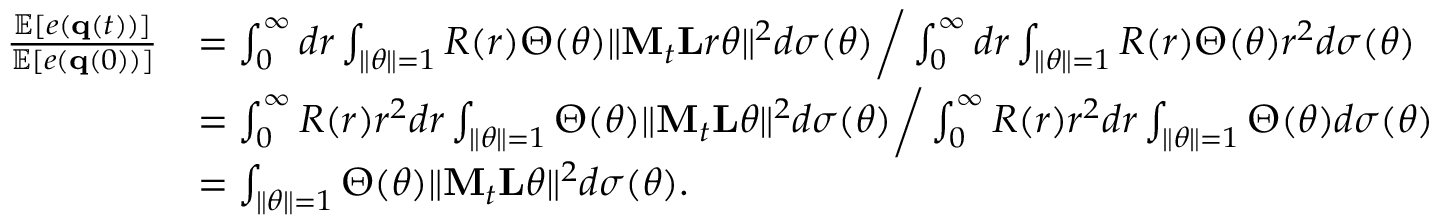
\begin{array} { r l } { \frac { \mathbb { E } [ e ( { \bf q } ( t ) ) ] } { \mathbb { E } [ e ( { \bf q } ( 0 ) ) ] } } & { = \int _ { 0 } ^ { \infty } d r \int _ { \| \boldsymbol { \theta } \| = 1 } R ( r ) \Theta ( \boldsymbol { \theta } ) \| { \bf M } _ { t } { \bf L } r \boldsymbol { \theta } \| ^ { 2 } d \sigma ( \boldsymbol { \theta } ) \bigg / \int _ { 0 } ^ { \infty } d r \int _ { \| \boldsymbol { \theta } \| = 1 } R ( r ) \Theta ( \boldsymbol { \theta } ) r ^ { 2 } d \sigma ( \boldsymbol { \theta } ) } \\ & { = \int _ { 0 } ^ { \infty } R ( r ) r ^ { 2 } d r \int _ { \| \boldsymbol { \theta } \| = 1 } \Theta ( \boldsymbol { \theta } ) \| { \bf M } _ { t } { \bf L } \boldsymbol { \theta } \| ^ { 2 } d \sigma ( \boldsymbol { \theta } ) \bigg / \int _ { 0 } ^ { \infty } R ( r ) r ^ { 2 } d r \int _ { \| \boldsymbol { \theta } \| = 1 } \Theta ( \boldsymbol { \theta } ) d \sigma ( \boldsymbol { \theta } ) } \\ & { = \int _ { \| \boldsymbol { \theta } \| = 1 } \Theta ( \boldsymbol { \theta } ) \| { \bf M } _ { t } { \bf L } \boldsymbol { \theta } \| ^ { 2 } d \sigma ( \boldsymbol { \theta } ) \mathrm { . } } \end{array}